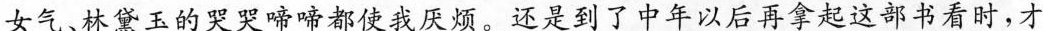
女气、林黛玉的哭哭啼啼都使我厌烦。还是到了中年以后再拿起这部书看时，才